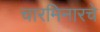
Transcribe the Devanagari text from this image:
चारमिनारचे